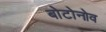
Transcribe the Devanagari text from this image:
बोटोनोव